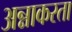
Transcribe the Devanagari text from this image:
अन्नाकरता